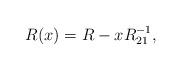
LaTeX: \begin{align*}R (x) = R - x R_{21}^{- 1},\end{align*}